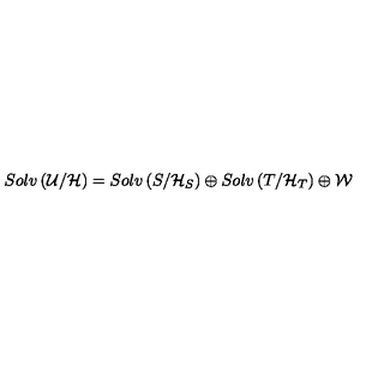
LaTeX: S o l v \left( { \cal U } / { \cal H } \right) = S o l v \left( { S } / { \cal H } _ { S } \right) \oplus S o l v \left( { T } / { \cal H } _ { T } \right) \oplus { \cal W }